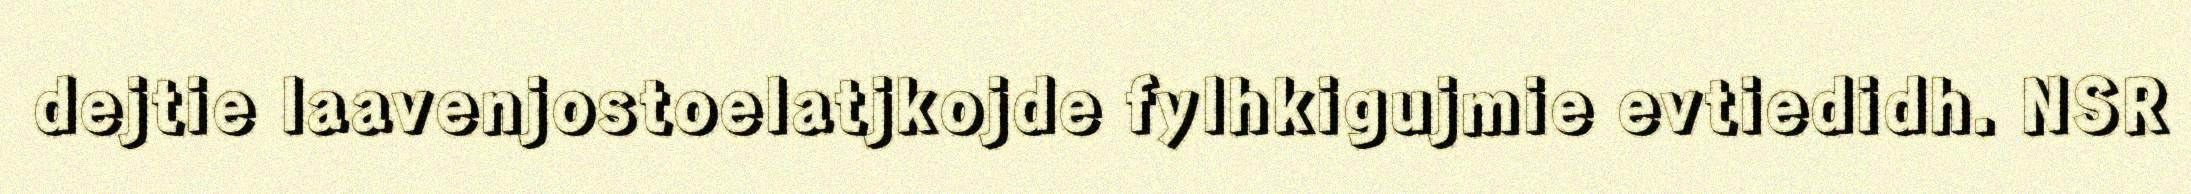
dejtie laavenjostoelatjkojde fylhkigujmie evtiedidh. NSR